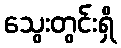
သွေးတွင်းရှိ